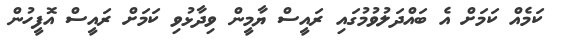
ކަމެއް ކަމަށް އެ ބައްދަލުވުމުގައި ރައީސް ޔާމީން ވިދާޅުވި ކަމަށް ރައީސް އޮފީހުން